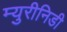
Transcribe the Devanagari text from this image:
म्युरीनिडी